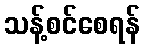
သန့်စင်စေရန်